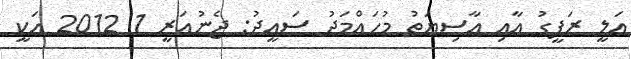
އަލީ ރަފީގު އާއި އާސިޔަތު މުހައްމަދު ސައީދު: ޖެނުއަރީ 1 2012 އަކީ